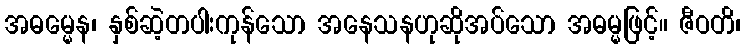
အဓမ္မေန၊ နှစ်ဆဲ့တပါးကုန်သော အနေသနဟုဆိုအပ်သော အဓမ္မဖြင့်။ ဇီဝတိ၊